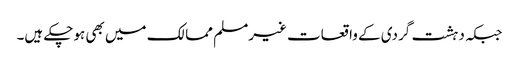
جبکہ دہشت گردی کے واقعات غیرمسلم ممالک میں بھی ہوچکے ہیں۔